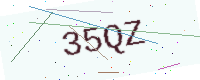
Text: 35QZ